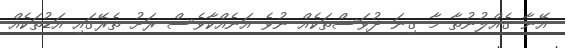
އޭނާ ގެއްލުނުތާ މާ ގިނަ ދުވަސްތަކެއް ނުވެ އަނެއްކާވެސް ރަށު ތެރޭގައި އަޑުތަކެއް